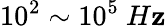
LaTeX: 10^{2}\sim10^{5}~H\mathbf{z}